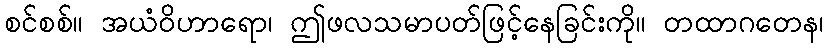
စင်စစ်။ အယံဝိဟာရော၊ ဤဖလသမာပတ်ဖြင့်နေခြင်းကို။ တထာဂတေန၊